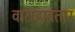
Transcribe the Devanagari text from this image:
वाराहावतार